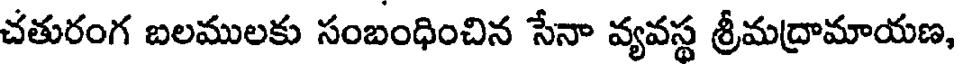
చతురంగ బలములకు సంబంధించిన సేనా వ్యవస్థ శ్రీమద్రామాయణ,